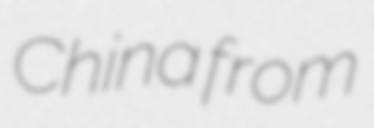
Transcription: China from